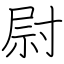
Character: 尉